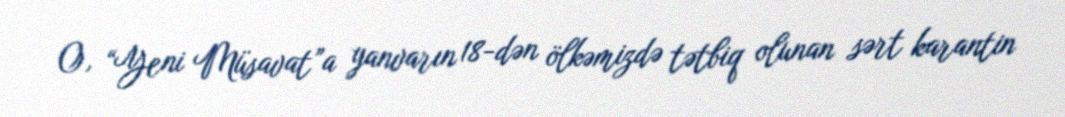
O, “Yeni Müsavat”a yanvarın 18-dən ölkəmizdə tətbiq olunan sərt karantin